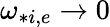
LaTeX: \omega_{*i,e}\rightarrow 0